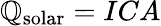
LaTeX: \mathbb{Q}_{\mathrm{{solar}}}=ICA